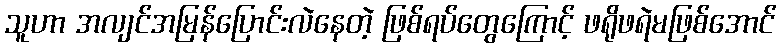
သူဟာ အလျင်အမြန်ပြောင်းလဲနေတဲ့ ဖြစ်ရပ်တွေကြောင့် ဖရိုဖရဲမဖြစ်အောင်